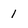
Character: 1